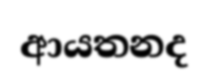
ආයතනද